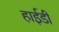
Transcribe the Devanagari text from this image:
हाईडी